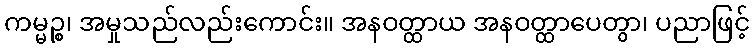
ကမ္မဉ္စ၊ အမှုသည်လည်းကောင်း။ အနဝတ္ထာယ အနဝတ္ထာပေတွာ၊ ပညာဖြင့်